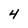
Character: 4